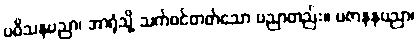
ပဝိသနပညာ၊ အာရုံသို့ သက်ဝင်တတ်သော ပညာတည်း။ ပဇာနနပညာ၊